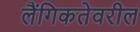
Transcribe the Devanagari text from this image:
लैंगिकतेवरील